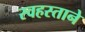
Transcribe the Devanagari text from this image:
स्वहस्ताने